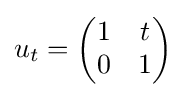
u_{t}={\begin{pmatrix}1&t\\0&1\end{pmatrix}}